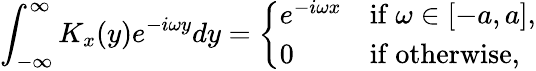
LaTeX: \int_{-\infty}^{\infty}K_{x}(y)e^{-i\omega y}dy={\left\{ \begin{array}{ll}{e^{-i\omega x}}&{{\mathrm{if~}}\omega\in[-a,a],}\\ {0}&{{\mathrm{if~}}{\textrm{otherwise}},}\end{array}\right.}